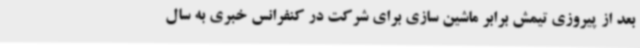
بعد از پیروزی تیمش برابر ماشین سازی برای شرکت در کنفرانس خبری به سال